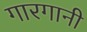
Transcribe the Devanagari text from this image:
गारगानी